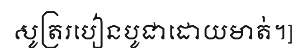
សូត្ររបៀនបូជាដោយមាត់។]